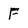
Character: F